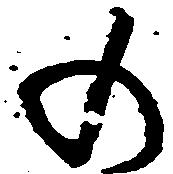
の